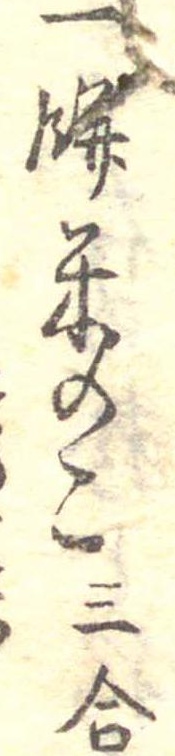
一餅米のこ三合